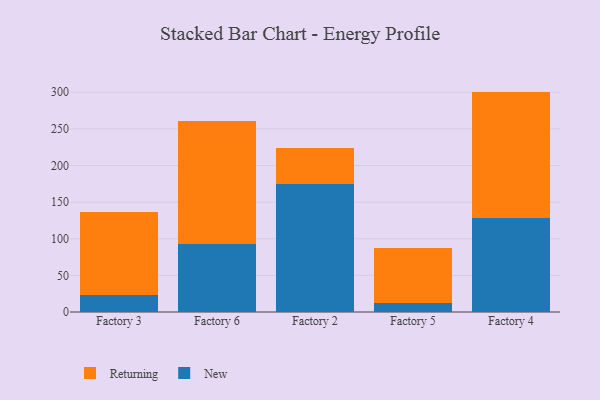
{"axis": {"x": "Factory", "y": "Production Output"}, "legend": ["New", "Returning"], "data": [{"x": "Factory 3", "y": 22.9, "type": "New"}, {"x": "Factory 3", "y": 114.1, "type": "Returning"}, {"x": "Factory 6", "y": 93.3, "type": "New"}, {"x": "Factory 6", "y": 166.8, "type": "Returning"}, {"x": "Factory 2", "y": 174.4, "type": "New"}, {"x": "Factory 2", "y": 49.9, "type": "Returning"}, {"x": "Factory 5", "y": 12.7, "type": "New"}, {"x": "Factory 5", "y": 75.0, "type": "Returning"}, {"x": "Factory 4", "y": 128.4, "type": "New"}, {"x": "Factory 4", "y": 172.5, "type": "Returning"}]}